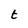
Character: t